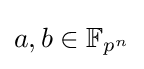
a,b\in \mathbb {F} _{p^{n}}